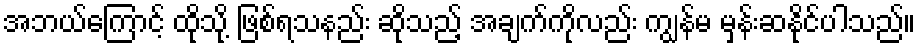
အဘယ်ကြောင့် ထိုသို့ ဖြစ်ရသနည်း ဆိုသည့် အချက်ကိုလည်း ကျွန်မ မှန်းဆနိုင်ပါသည်။